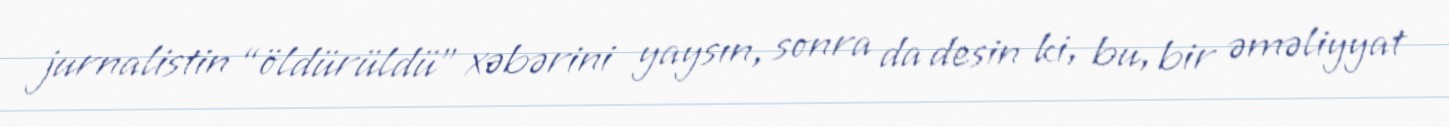
jurnalistin “öldürüldü” xəbərini yaysın, sonra da desin ki, bu, bir əməliyyat